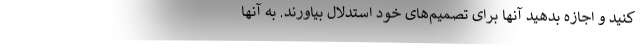
کنید و اجازه بدهید آنها برای تصمیم‌های خود استدلال بیاورند. به آنها